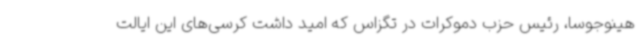
هینوجوسا، رئیس حزب دموکرات در تگزاس که امید داشت کرسی‌های این ایالت